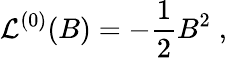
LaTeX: {\cal L}^{(0)}(B)=-{\frac{1}{2}}B^{2}\; ,